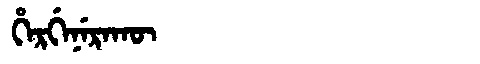
Manchu: ᡥᡝᡵᡤᡝᠨᡝᡵᠠᡴᡡ
Romanization: HERGENERAKŪ